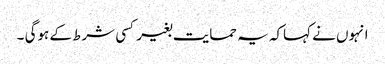
انہوں نے کہاکہ یہ حمایت بغیر کسی شرط کے ہوگی ۔